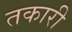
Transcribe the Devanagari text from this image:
तकारी